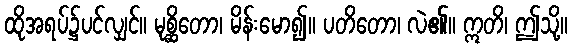
ထိုအရပ်၌ပင်လျှင်။ မုစ္ဆိတော၊ မိန်းမော၍။ ပတိတော၊ လဲ၏။ ဣတိ၊ ဤသို့။